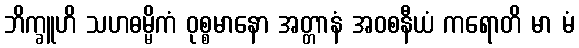
ဘိက္ခူဟိ သဟဓမ္မိကံ ဝုစ္စမာနော အတ္တာနံ အဝစနီယံ ကရောတိ မာ မံ